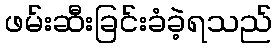
ဖမ်းဆီးခြင်းခံခဲ့ရသည်